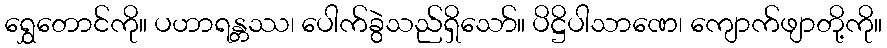
ရွှေတောင်ကို။ ပဟာရန္တဿ၊ ပေါက်ခွဲသည်ရှိသော်။ ပိဋ္ဌိပါသာဏေ၊ ကျောက်ဖျာတို့ကို။